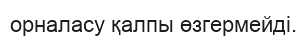
орналасу қалпы өзгермейді.